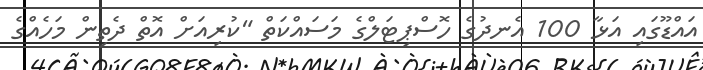
އައްޑޫގައި އަޅާ 100 އެނދުގެ ހޮސްޕިޓަލްގެ މަސައްކަތް "ކުރިއަށް އޮތް ދެތިން މަހެއްގެ